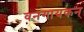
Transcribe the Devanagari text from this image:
वनगायकन्